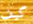
كيف